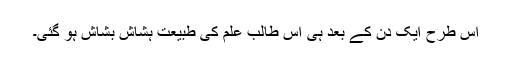
اس طرح ایک دن کے بعد ہی اس طالب علم کی طبیعت ہشاش بشاش ہو گئی۔